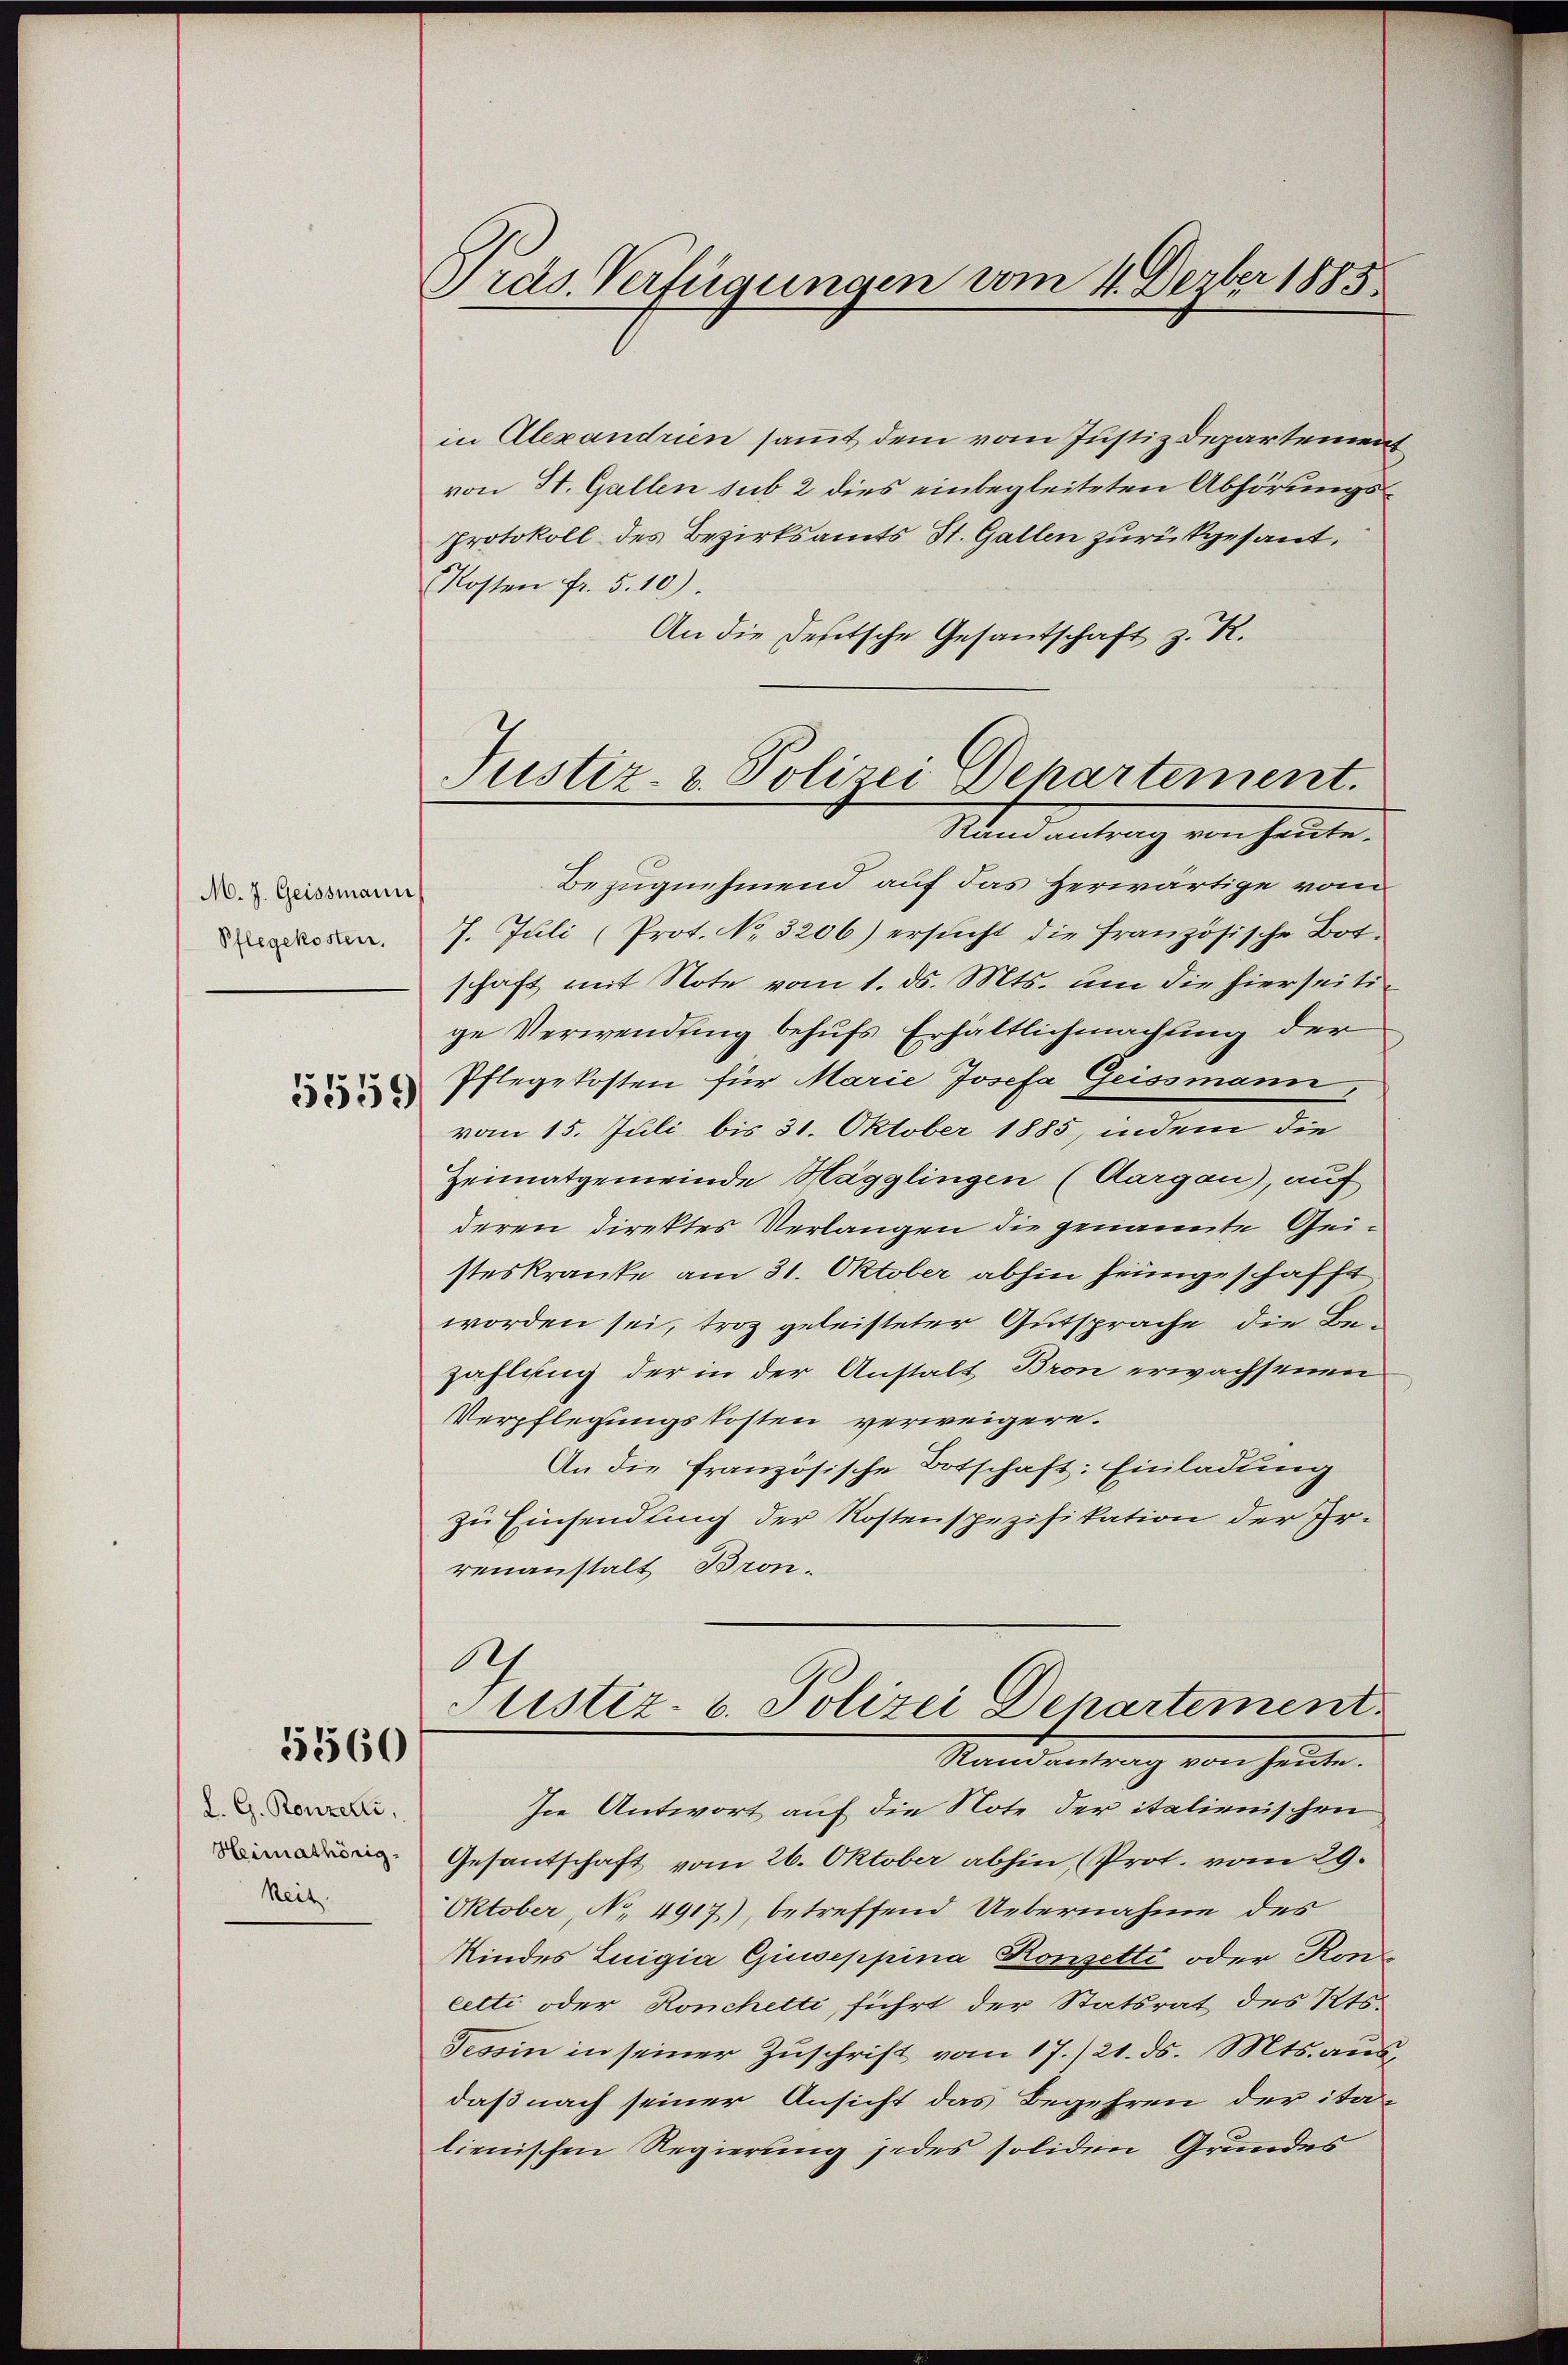
M. J. Geissmann
Pflegekosten.

5559

5360

L. G. Ronzerti,
Heimathörig-
Reit

Präs. Verfügungen vom 4. Dezber 1885

in Alexandrien samt dem vom Justiz Departemen
von St. Gallen sub 2 dies einbegleiteten Abhörungs¬
Protokoll des Bezirksamts St. Gallen zurückgesant.
Kosten fr. 5. 10).
An die Festsche Gesantschaft z. R.
Bezugnehmend auf das Herwärtige vom
7. Juli (Prot. No. 3206) ersucht die französische Botschaft mit Note vom 1. ds. Mts. um die hierseitige Verwendung behufs Erhältlichmachung der
Pflegekosten für Marie Josefa Geissmann,
vom 15. Juli, bis 31. Oktober 1885, indem die
Heimatgemeinde Hägglingen (Aargau), auf
deren Direktes Verlangen die genannte Geisteskranke am 31. Oktober abhin heimgeschafft
worden sei, troz geleisteter Gutsprache die Bezahlung der in der Anstalt Bron erwachsenen
Verpflegungskosten verweigere.
An die französische Botschaft: Einladung
zu Einsendung der Kostenspezifikation der Irrenanstalt Bron¬
Ah
Justiz- u. Polizei Departement
Randantrag von heute.
In Antwort auf die Note der italienischen
Gesantschaft vom 26. Oktober abhin (Prot. vom 29.
Oktober, No. 4917), betreffend Uebernahme des
Kindes Luigia Giuseppina Konzette oder Honcetti oder Ronchetti, führt der Statsrat des Kts.
Tessin in seiner Zŭschrift vom 17./21. ds. Mts. aus,
daß nach seiner Ansicht das Begehren der ita-
lienischen Regierung jedes soliden Grundes

Justiz- & Polizei Departement.
Randantrag von heute.